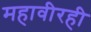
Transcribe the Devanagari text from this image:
महावीरही